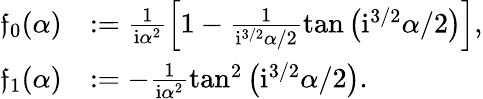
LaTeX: \begin{array}{rl}{\mathfrak{f}_{0}({\alpha})}&{:=\frac{1}{\mathrm{i}\alpha^{2}}\left[1-\frac{1}{\mathrm{i}^{3/2}{\alpha}/2}\tan\big(\mathrm{i}^{3/2}{\alpha}/2\big)\right],}\\ {\mathfrak{f}_{1}({\alpha})}&{:=-\frac{1}{\mathrm{i}\alpha^{2}}\tan^{2}\big(\mathrm{i}^{3/2}{\alpha}/2\big).}\end{array}